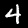
Digit: 4